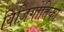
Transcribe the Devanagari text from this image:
विज़िगोतिको